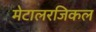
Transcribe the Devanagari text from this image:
मेटालरजिकल